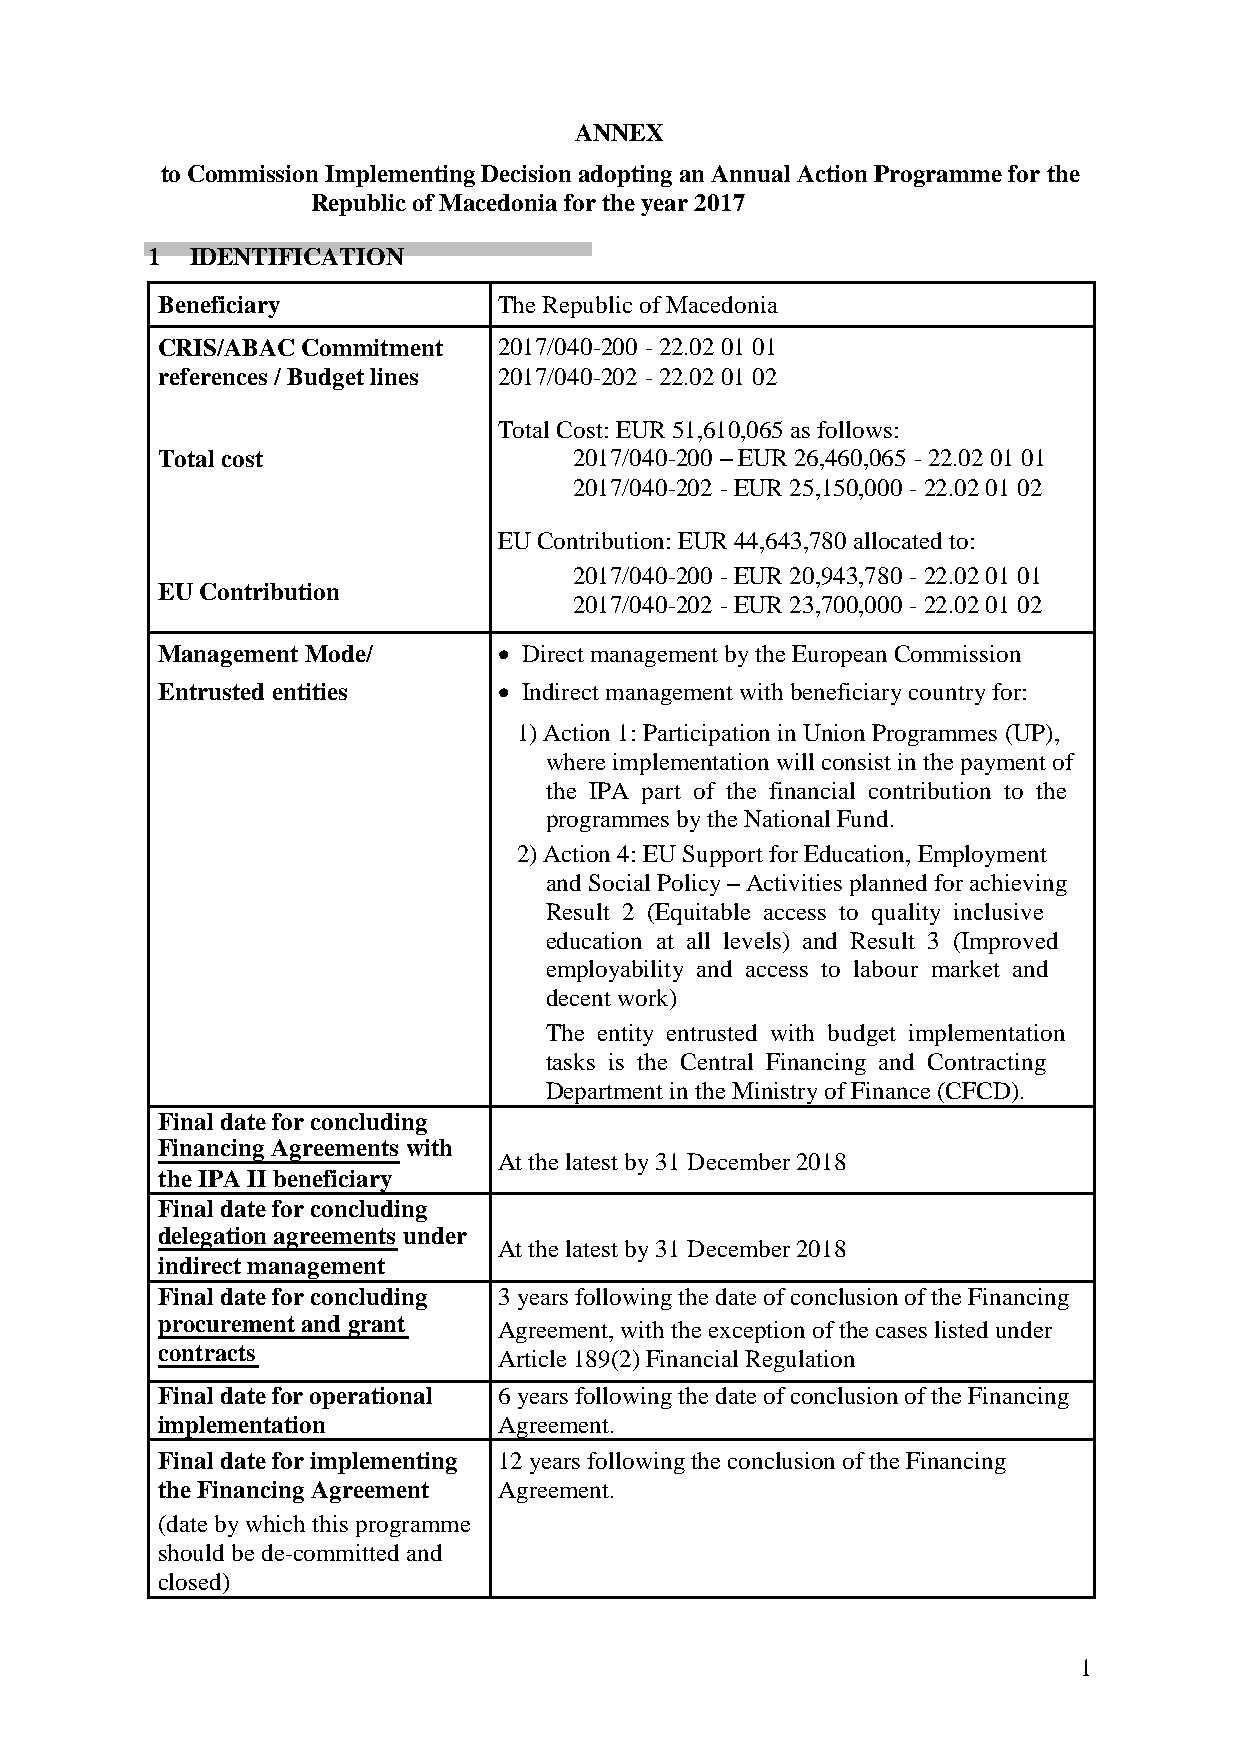
ANNEX
 to Commission Implementing Decision adopting an Annual Action Programme for the
 Republic of Macedonia for the year 2017
 1  IDENTIFICATION
 Beneficiary            The Republic of Macedonia
 CRIS/ABAC Commitment   2017/040-200 - 22.02 01 01
 references / Budget lines 2017/040-202 - 22.02 01 02
 Total Cost: EUR 51,610,065 as follows:
 Total cost                  2017/040-200 – EUR 26,460,065 - 22.02 01 01
 2017/040-202 - EUR 25,150,000 - 22.02 01 02
 EU Contribution: EUR 44,643,780 allocated to:
 2017/040-200 - EUR 20,943,780 - 22.02 01 01
 EU Contribution
 2017/040-202 - EUR 23,700,000 - 22.02 01 02
 Management Mode/        Direct management by the European Commission
 Entrusted entities      Indirect management with beneficiary country for:
 1) Action 1: Participation in Union Programmes (UP),
 where implementation will consist in the payment of
 the IPA part of the financial contribution to the
 programmes by the National Fund.
 2) Action 4: EU Support for Education, Employment
 and Social Policy – Activities planned for achieving
 Result 2 (Equitable access to quality inclusive
 education at all levels) and Result 3 (Improved
 employability and access to labour market and
 decent work)
 The entity entrusted with budget implementation
 tasks is the Central Financing and Contracting
 Department in the Ministry of Finance (CFCD).
 Final date for concluding
 Financing Agreements with
 At the latest by 31 December 2018
 the IPA II beneficiary
 Final date for concluding
 delegation agreements under
 At the latest by 31 December 2018
 indirect management
 Final date for concluding 3 years following the date of conclusion of the Financing
 procurement and grant
 Agreement, with the exception of the cases listed under
 contracts
 Article 189(2) Financial Regulation
 Final date for operational 6 years following the date of conclusion of the Financing
 implementation         Agreement.
 Final date for implementing 12 years following the conclusion of the Financing
 the Financing Agreement Agreement.
 (date by which this programme
 should be de-committed and
 closed)
 1